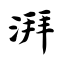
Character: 湃